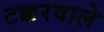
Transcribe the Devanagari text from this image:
टक्करवाले